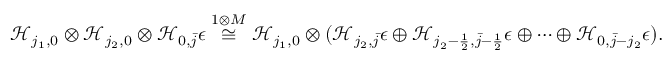
\mathcal { H } _ { j _ { 1 } , 0 } \otimes \mathcal { H } _ { j _ { 2 } , 0 } \otimes \mathcal { H } _ { 0 , \bar { j } } \epsilon \overset { 1 \otimes M } { \cong } \mathcal { H } _ { j _ { 1 } , 0 } \otimes ( \mathcal { H } _ { j _ { 2 } , \bar { j } } \epsilon \oplus \mathcal { H } _ { j _ { 2 } - \frac { 1 } { 2 } , \bar { j } - \frac { 1 } { 2 } } \epsilon \oplus \dots \oplus \mathcal { H } _ { 0 , \bar { j } - j _ { 2 } } \epsilon ) .